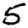
Digit: 5